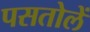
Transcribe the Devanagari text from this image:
पसतोलें